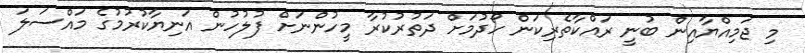
މި ޖަމިއްޔާއިން ބުނީ ރައްކާތެރިކަން ހޯދުމަށް ދަތުރުކުރާ މީހުންނަށް ފުލުހުން އަނިޔާކުރުމުގެ މައްސަލަ